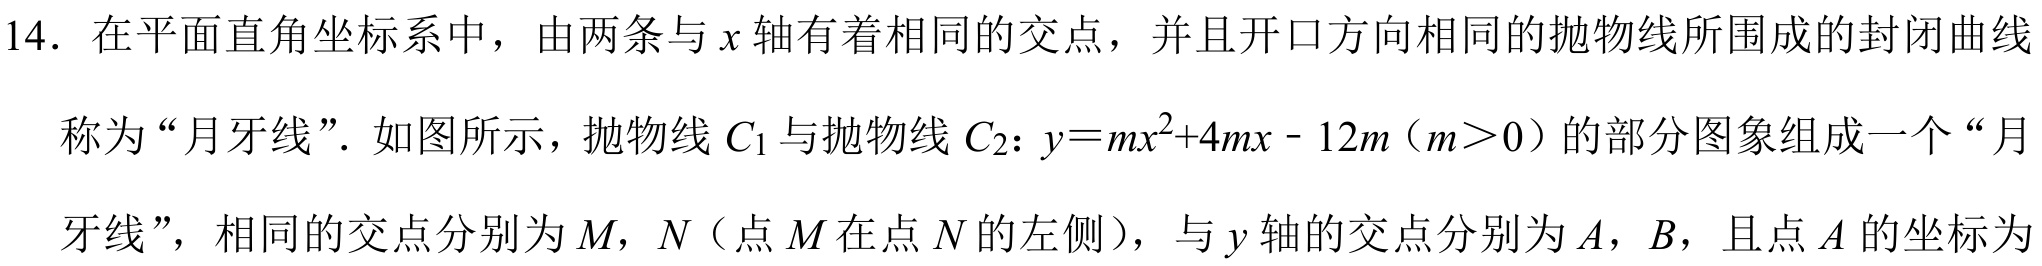
14. 在平面直角坐标系中，由两条与$x$轴有着相同的交点，并且开口方向相同的抛物线所围成的封闭曲线称为“月牙线”. 如图所示，抛物线$C_{1}$与抛物线$C_{2}：y = mx^{2}+4mx - 12m（m>0）$的部分图象组成一个“月牙线”，相同的交点分别为$M$，$N$（点$M$在点$N$的左侧），与$y$轴的交点分别为$A$，$B$，且点$A$的坐标为